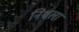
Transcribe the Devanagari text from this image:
निश्चला